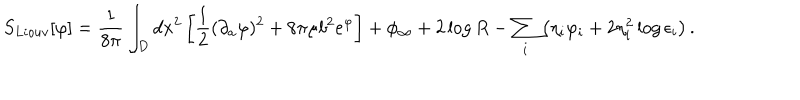
LaTeX: S _ { L i o u v } [ \varphi ] = { \frac { 1 } { 8 \pi } } \int _ { D } d x ^ { 2 } \left[ { \frac { 1 } { 2 } } ( \partial _ { a } \varphi ) ^ { 2 } + 8 \pi \mu b ^ { 2 } e ^ { \varphi } \right] + \phi _ { \infty } + 2 \log { R } - \sum _ { i } \left( \eta _ { i } \varphi _ { i } + 2 \eta _ { i } ^ { 2 } \log { \epsilon _ { i } } \right) .